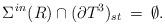
LaTeX: \begin{align*}\Sigma^{\,in}(R)\cap(\partial{T}^3)_{st}\:=\:\emptyset .\end{align*}